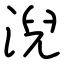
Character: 淣